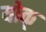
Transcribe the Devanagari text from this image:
योक्